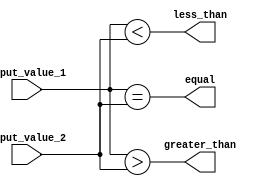
module eight_bit_comparator (
    input [7:0] input_value_1,
    input [7:0] input_value_2,
    output equal,
    output greater_than,
    output less_than
);

assign equal = &((input_value_1 == input_value_2));
assign greater_than = &((input_value_1 > input_value_2));
assign less_than = &((input_value_1 < input_value_2));

endmodule